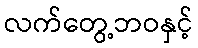
လက်တွေ့ဘဝနှင့်